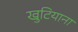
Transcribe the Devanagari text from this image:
खुटियाना